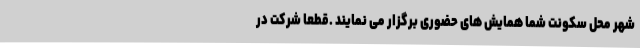
شهر محل سکونت شما همایش های حضوری برگزار می نمایند .قطعاً شرکت در